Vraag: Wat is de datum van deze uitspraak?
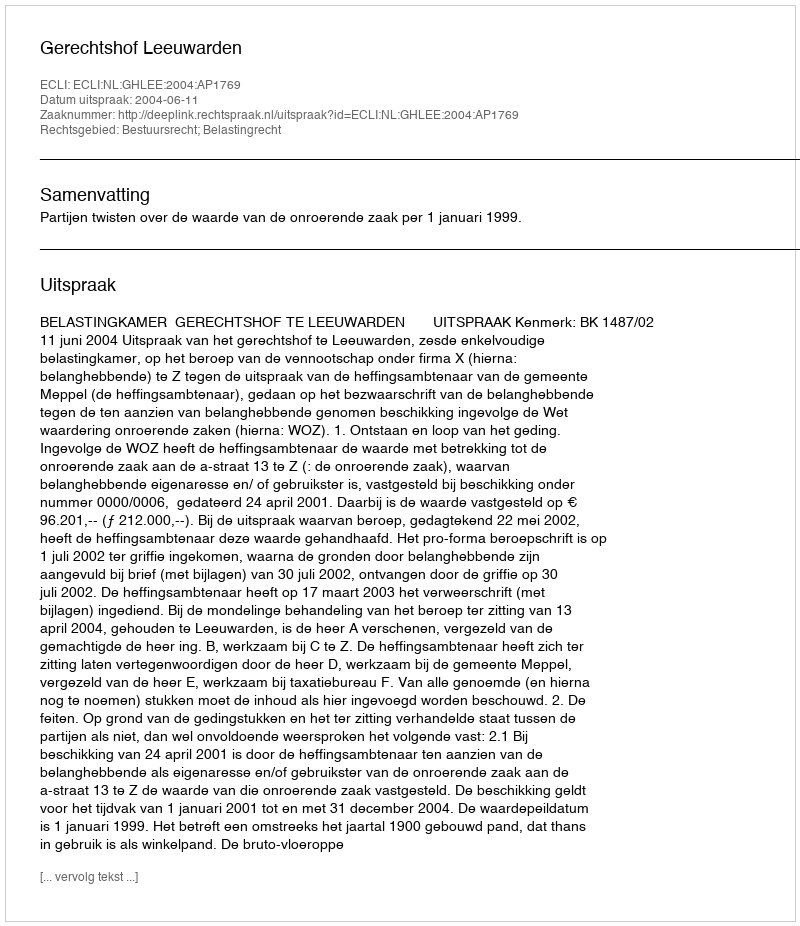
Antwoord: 2004-06-11